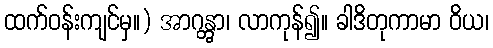
ထက်ဝန်းကျင်မှ။) အာဂန္တွာ၊ လာကုန်၍။ ခါဒိတုကာမာ ဝိယ၊